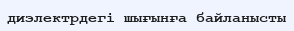
диэлектрдегі шығынға байланысты